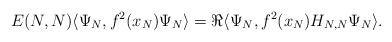
\begin{align*} E(N,N) \langle \Psi_N, f^2(x_N) \Psi_N\rangle = \Re \langle \Psi_N, f^2(x_N) H_{N,N} \Psi_N \rangle.\end{align*}